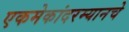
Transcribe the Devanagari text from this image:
एकमेकांदरम्यानचे